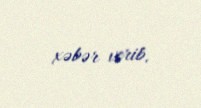
xəbər verib.